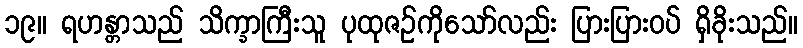
၁၉။ ရဟန္တာသည် သိက္ခာကြီးသူ ပုထုဇဉ်ကိုသော်လည်း ပြားပြားဝပ် ရှိခိုးသည်။